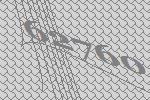
62760